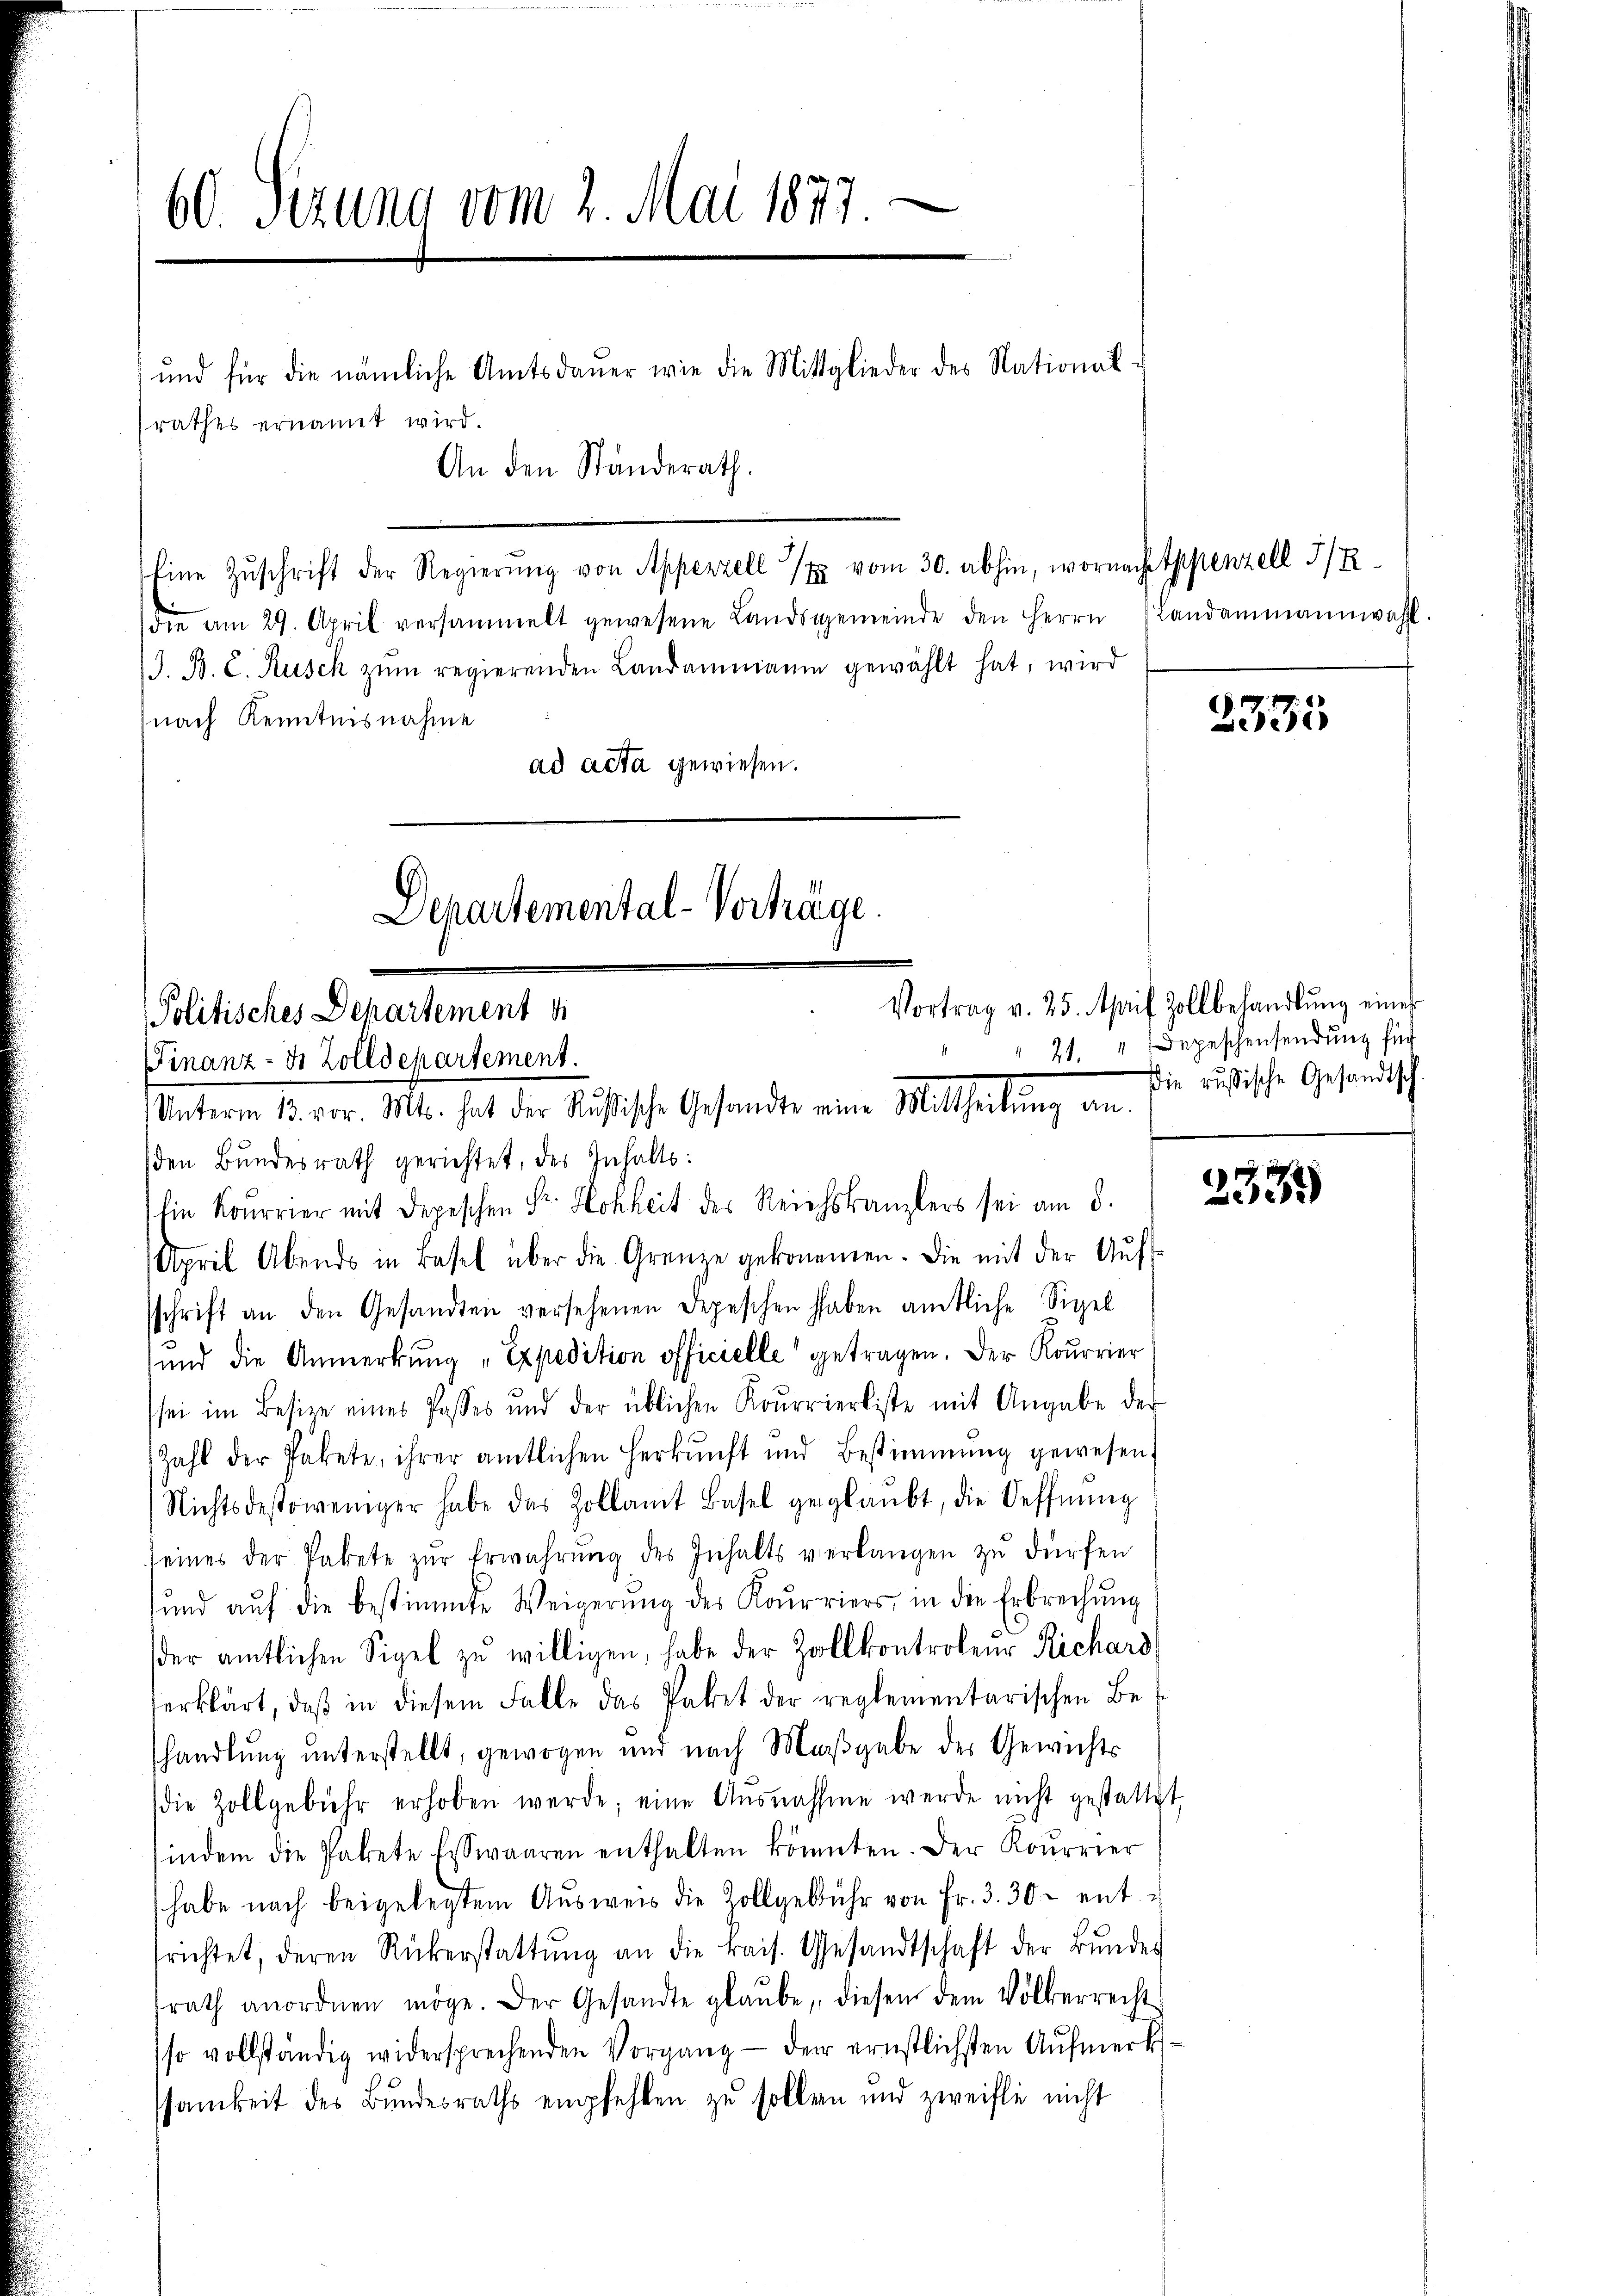
60. Sezung vom 2. Mai 1877

die am 29. April versammelt gewesene Landsgemeinde den Herrn
J. B. C. Kusch zŭm regierenden Landammann gewählt hat, wird
(nach Kenntnisnahme
ad acta gewiesen.

rathes ernannt wird.
An den Standerath,

und für die nämliche Amtsdaŭer wie die Mittglieder des National-

Eine Zŭschrift der Regierŭng von Appenzell vom 30. abhin, wornach Appenzell I/R

Departemental-Verhäge
Politisches Departement d
Finanz-Jo Zolldepartement.
Materm 14. Febr. Mts. hat der Beistische Gestander einer Matthaltung von

den Bundesrath gerichtet, des Inhalts:
Ein Kourrier mit Depeschen Sr. Hohheit des Reichskanzlers sei am 8.
April Abends in Basel über die Grenze gekommen. Die mit der Aufsschrift an den Gesandten versehenen Depeschen haben amtliche Sigel
und die Anmerkung „Expedition officielle getragen. Der Kourrier
sei im Besize eines Passes und der üblichen Kourrierliste mit Angabe der
Zahl der Pakete, ihrer amtlichen Herkŭnft und Bestimmung gewesen.
Nichtsdestoweniger habe das Zollamt Basel geglaŭbt, die Oeffnŭng
seines der Pakete zŭr Erwährŭng des Inhalts verlangen zŭ dürfen
sund aŭf die bestimmte Weigerŭng des Korriers, in die Erbrechung
der amtlichen Sigel zu willigen, habe der Zollkontroleur Richars
erklärt, daβ in diesem Falle das Paket der reglementarischen Be
shandlung unterstellt, gewogen und nach Maßgabe des Gewichts
die Zollgebühr erhoben werde; eine Aŭsnahme werde nicht gestattet,
indem die Pakete Esswaaren enthalten könnten. Der Roŭrrier
habe nach beigelegtem Aŭsweis die Zollgebühr von Fr. 3. 30. ent-
srichtet, deren Rükerstattŭng an die kais. Gesandtschaft der Bundes
srath anordnen möge. Der Gesandte glaŭbe, diesen dem Völkerrecht
so vollständig widersprechenden Vorgang - der ernstlichsten Aufmerkssamkeit des Bundesraths empfehlen zu sollen und zweifle nicht

Landammannwahl.

2335

Vortrag v. 25. April Zollbehandlŭng eines
21. " Depeschensendung für
Die russische Gesandtsch

2335